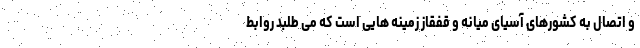
و اتصال به کشورهای آسیای میانه و قفقاز زمینه هایی است که می طلبد روابط